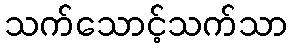
သက်သောင့်သက်သာ